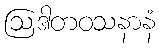
ဩဒါတဝသနာနံ